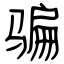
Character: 骗